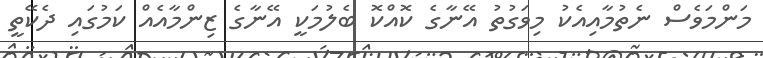
މަންމަވެސް ނެތުމާއިއެކު މިވަގުތު އޭނާގެ ކޮއްކޮ ބެލުމަކީ އޭނާގެ ޒިންމާއެއް ކަމުގައި ދެކޭތީ